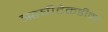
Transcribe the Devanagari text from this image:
ॠषीटेकडीवर